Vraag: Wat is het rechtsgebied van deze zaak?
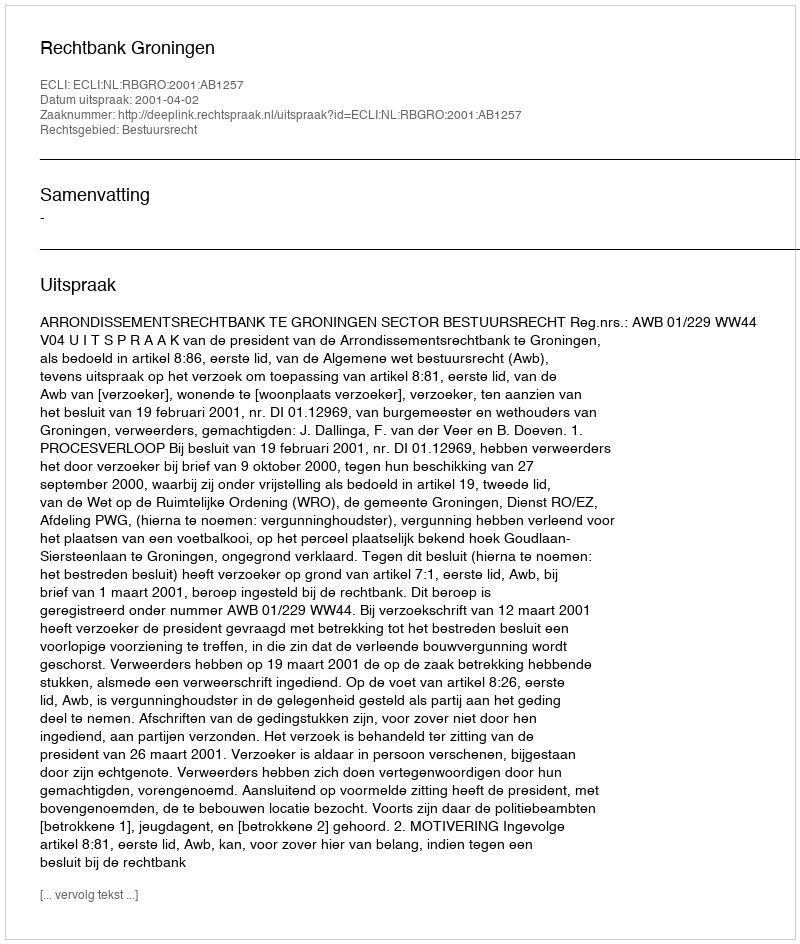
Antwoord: Bestuursrecht